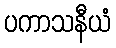
ပကာသနီယံ